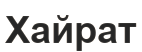
Хайрат